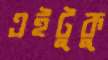
এইটুকু